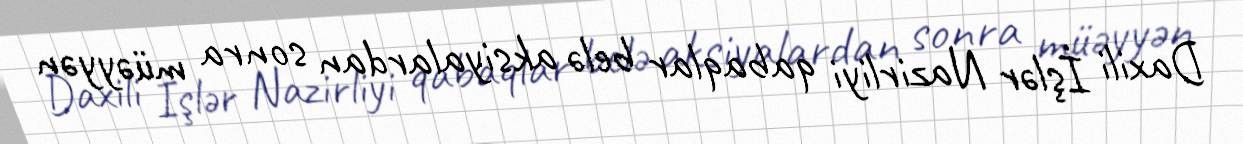
Daxili İşlər Nazirliyi qabaqlar belə aksiyalardan sonra müəyyən